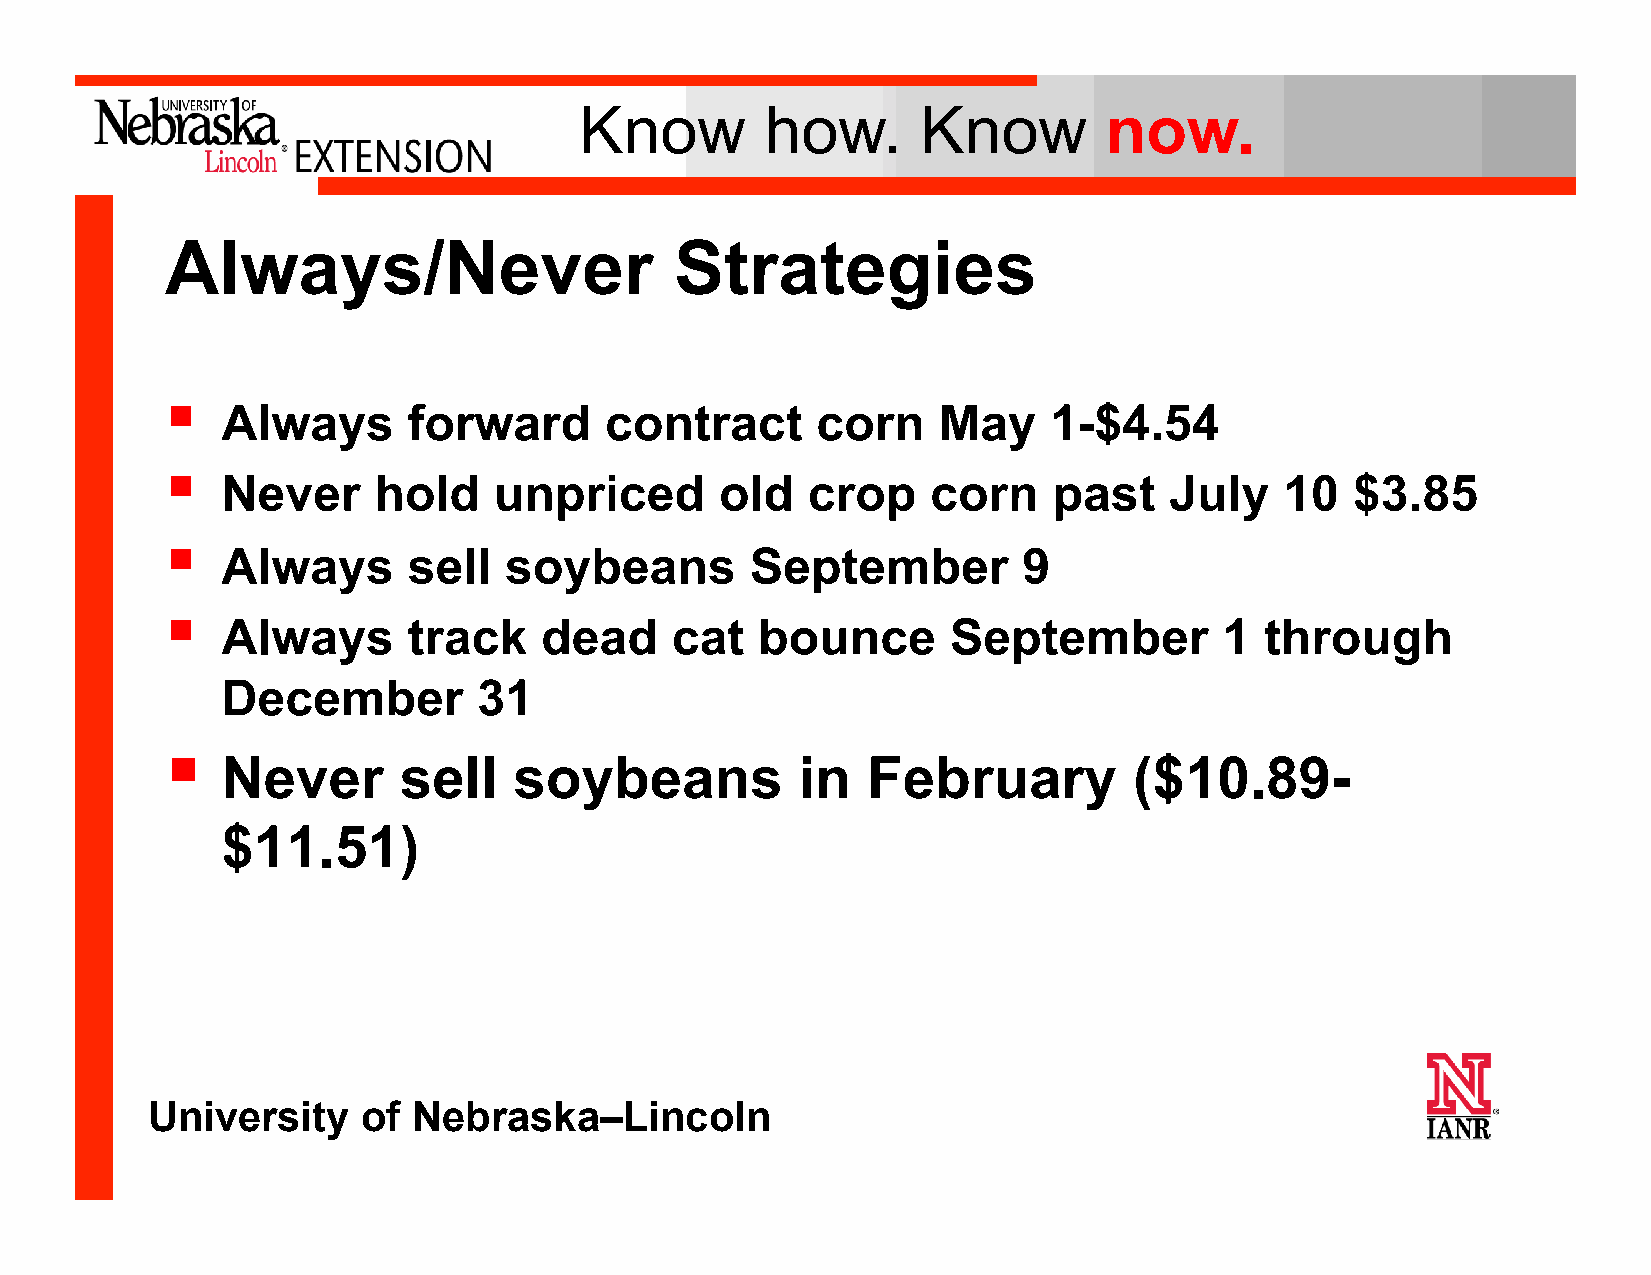
Know         how.      Know        now.
 Always/Never                      Strategies
 §
 Always      forward      contract      corn    May    1-$4.54
 §
 Never     hold    unpriced       old  crop     corn    past   July    10   $3.85
 §
 Always      sell  soybeans         September         9
 §
 Always      track    dead    cat   bounce       September         1  through
 December         31
 §
 Never      sell    soybeans           in  February          ($10.89-
 $11.51)
 University    of Nebraska–Lincoln